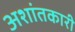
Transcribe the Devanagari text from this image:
अशांतकारी